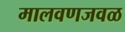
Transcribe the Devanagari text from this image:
मालवणजवळ